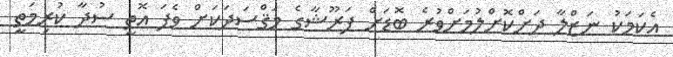
އެކަމަކު ނަޒްލާ ދަށްކޮށްލުމަށްވުރެ ބޮޑަށް ފަރޫޝާގެ މަޤްސަދަކަށް ވެފަ އޮތީ ސުދާ ކުރިމަތީ